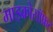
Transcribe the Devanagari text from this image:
माइक्रोसॉफ्रट